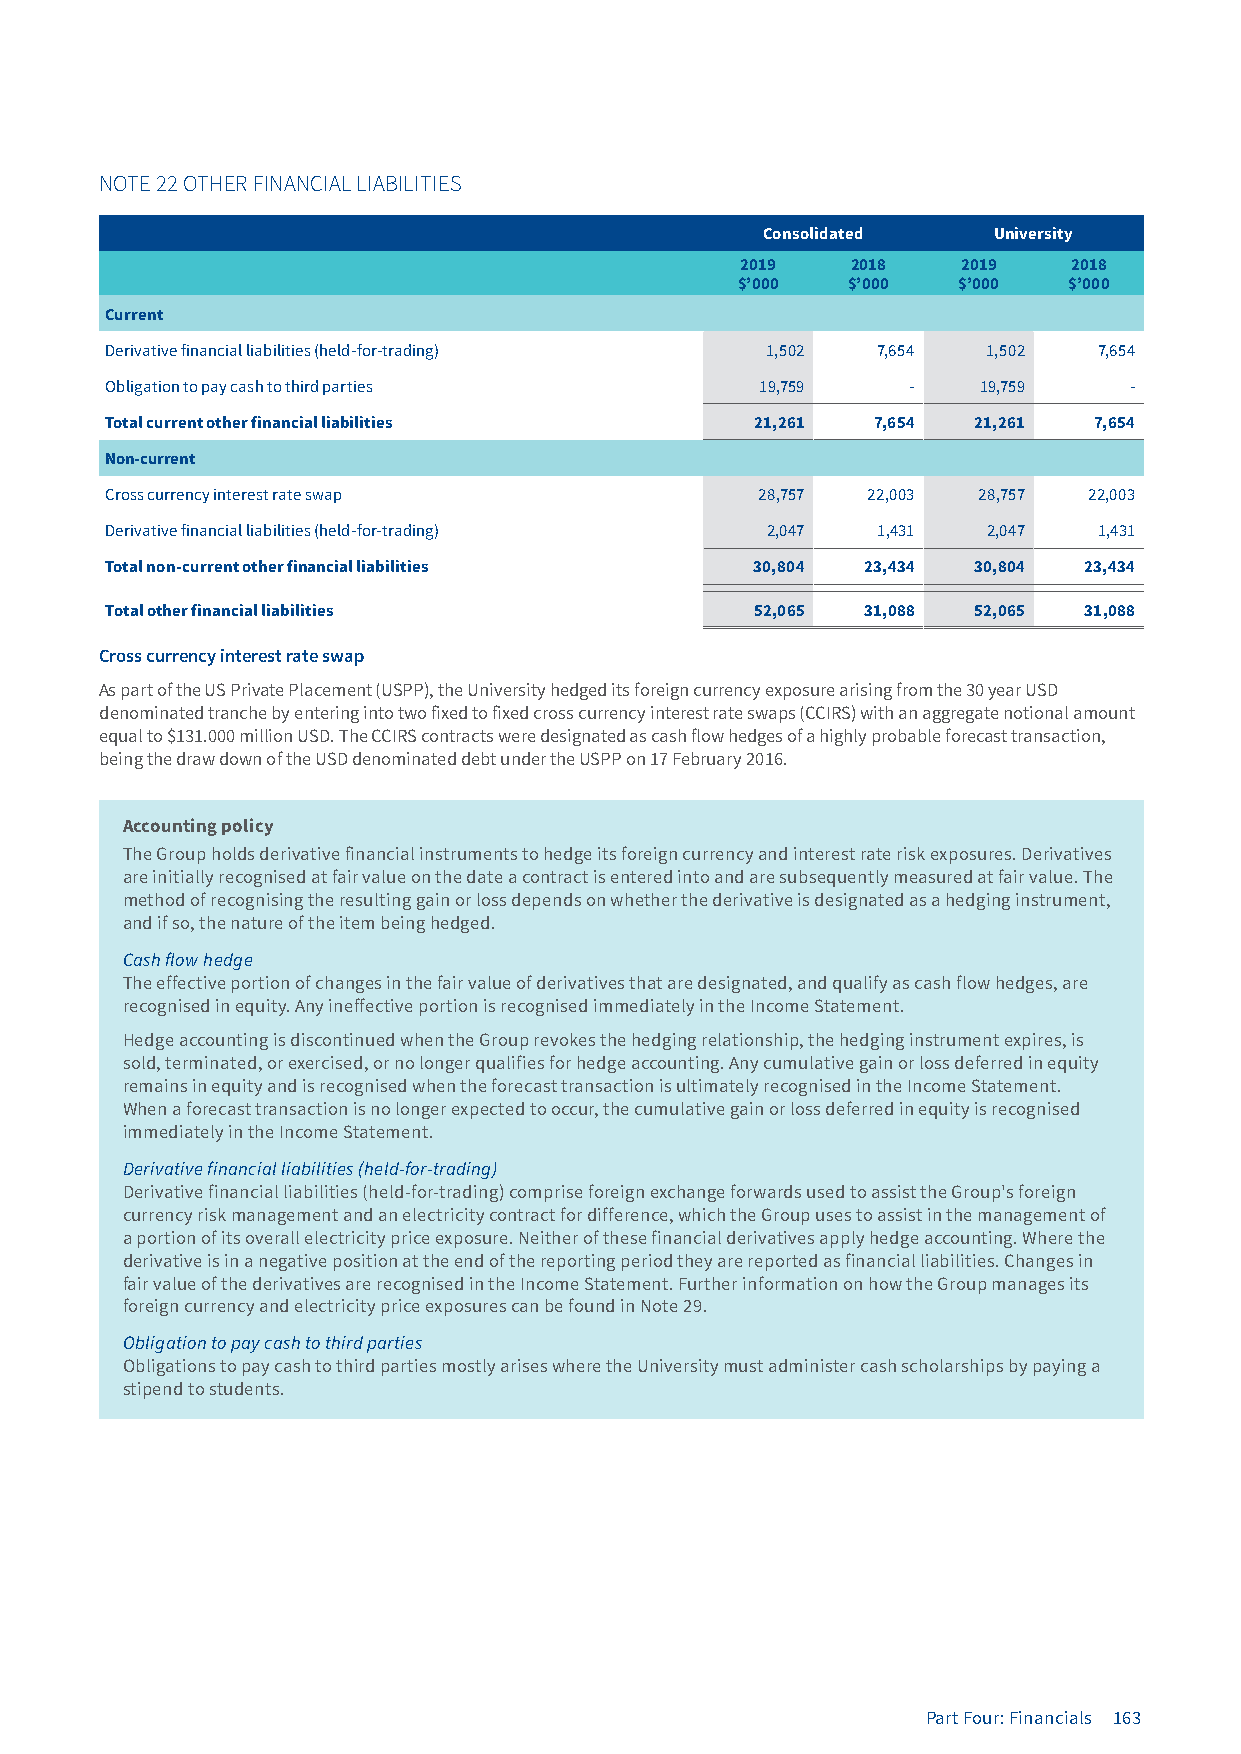
NOTE 22 OTHER FINANCIAL LIABILITIES
 Consolidated   University
 2019   2018    2019   2018
 $’000  $’000  $’000   $’000
 Current
 Derivative financial liabilities (held-for-trading) 1,502 7,654 1,502 7,654
 Obligation to pay cash to third parties    19,759    -    19,759    -
 Total current other financial liabilities  21,261  7,654 21,261  7,654
 Non-current
 Cross currency interest rate swap          28,757 22,003  28,757 22,003
 Derivative financial liabilities (held-for-trading) 2,047 1,431 2,047 1,431
 Total non-current other financial liabilities 30,804 23,434 30,804 23,434
 Total other financial liabilities          52,065 31,088 52,065  31,088
 Cross currency interest rate swap
 As part of the US Private Placement (USPP), the University hedged its foreign currency exposure arising from the 30 year USD
 denominated tranche by entering into two fixed to fixed cross currency interest rate swaps (CCIRS) with an aggregate notional amount
 equal to $131.000 million USD. The CCIRS contracts were designated as cash flow hedges of a highly probable forecast transaction,
 being the draw down of the USD denominated debt under the USPP on 17 February 2016.
 Accounting policy
 The Group holds derivative financial instruments to hedge its foreign currency and interest rate risk exposures. Derivatives
 are initially recognised at fair value on the date a contract is entered into and are subsequently measured at fair value. The
 method of recognising the resulting gain or loss depends on whether the derivative is designated as a hedging instrument,
 and if so, the nature of the item being hedged.
 Cash flow hedge
 The effective portion of changes in the fair value of derivatives that are designated, and qualify as cash flow hedges, are
 recognised in equity. Any ineffective portion is recognised immediately in the Income Statement.
 Hedge accounting is discontinued when the Group revokes the hedging relationship, the hedging instrument expires, is
 sold, terminated, or exercised, or no longer qualifies for hedge accounting. Any cumulative gain or loss deferred in equity
 remains in equity and is recognised when the forecast transaction is ultimately recognised in the Income Statement.
 When a forecast transaction is no longer expected to occur, the cumulative gain or loss deferred in equity is recognised
 immediately in the Income Statement.
 Derivative financial liabilities (held-for-trading)
 Derivative financial liabilities (held-for-trading) comprise foreign exchange forwards used to assist the Group's foreign
 currency risk management and an electricity contract for difference, which the Group uses to assist in the management of
 a portion of its overall electricity price exposure. Neither of these financial derivatives apply hedge accounting. Where the
 derivative is in a negative position at the end of the reporting period they are reported as financial liabilities. Changes in
 fair value of the derivatives are recognised in the Income Statement. Further information on how the Group manages its
 foreign currency and electricity price exposures can be found in Note 29.
 Obligation to pay cash to third parties
 Obligations to pay cash to third parties mostly arises where the University must administer cash scholarships by paying a
 stipend to students.
 Part Four: Financials 163